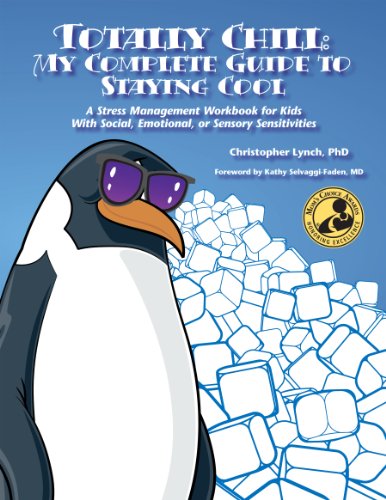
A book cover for Totally Chill: My Complete Guide to Staying Cool A Stress Management Workbook for Kids With Social, Emotional, or Sensory Sensitivities; Christopher Lynch; Parenting & Relationships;